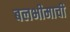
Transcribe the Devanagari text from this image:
बलभीमाची